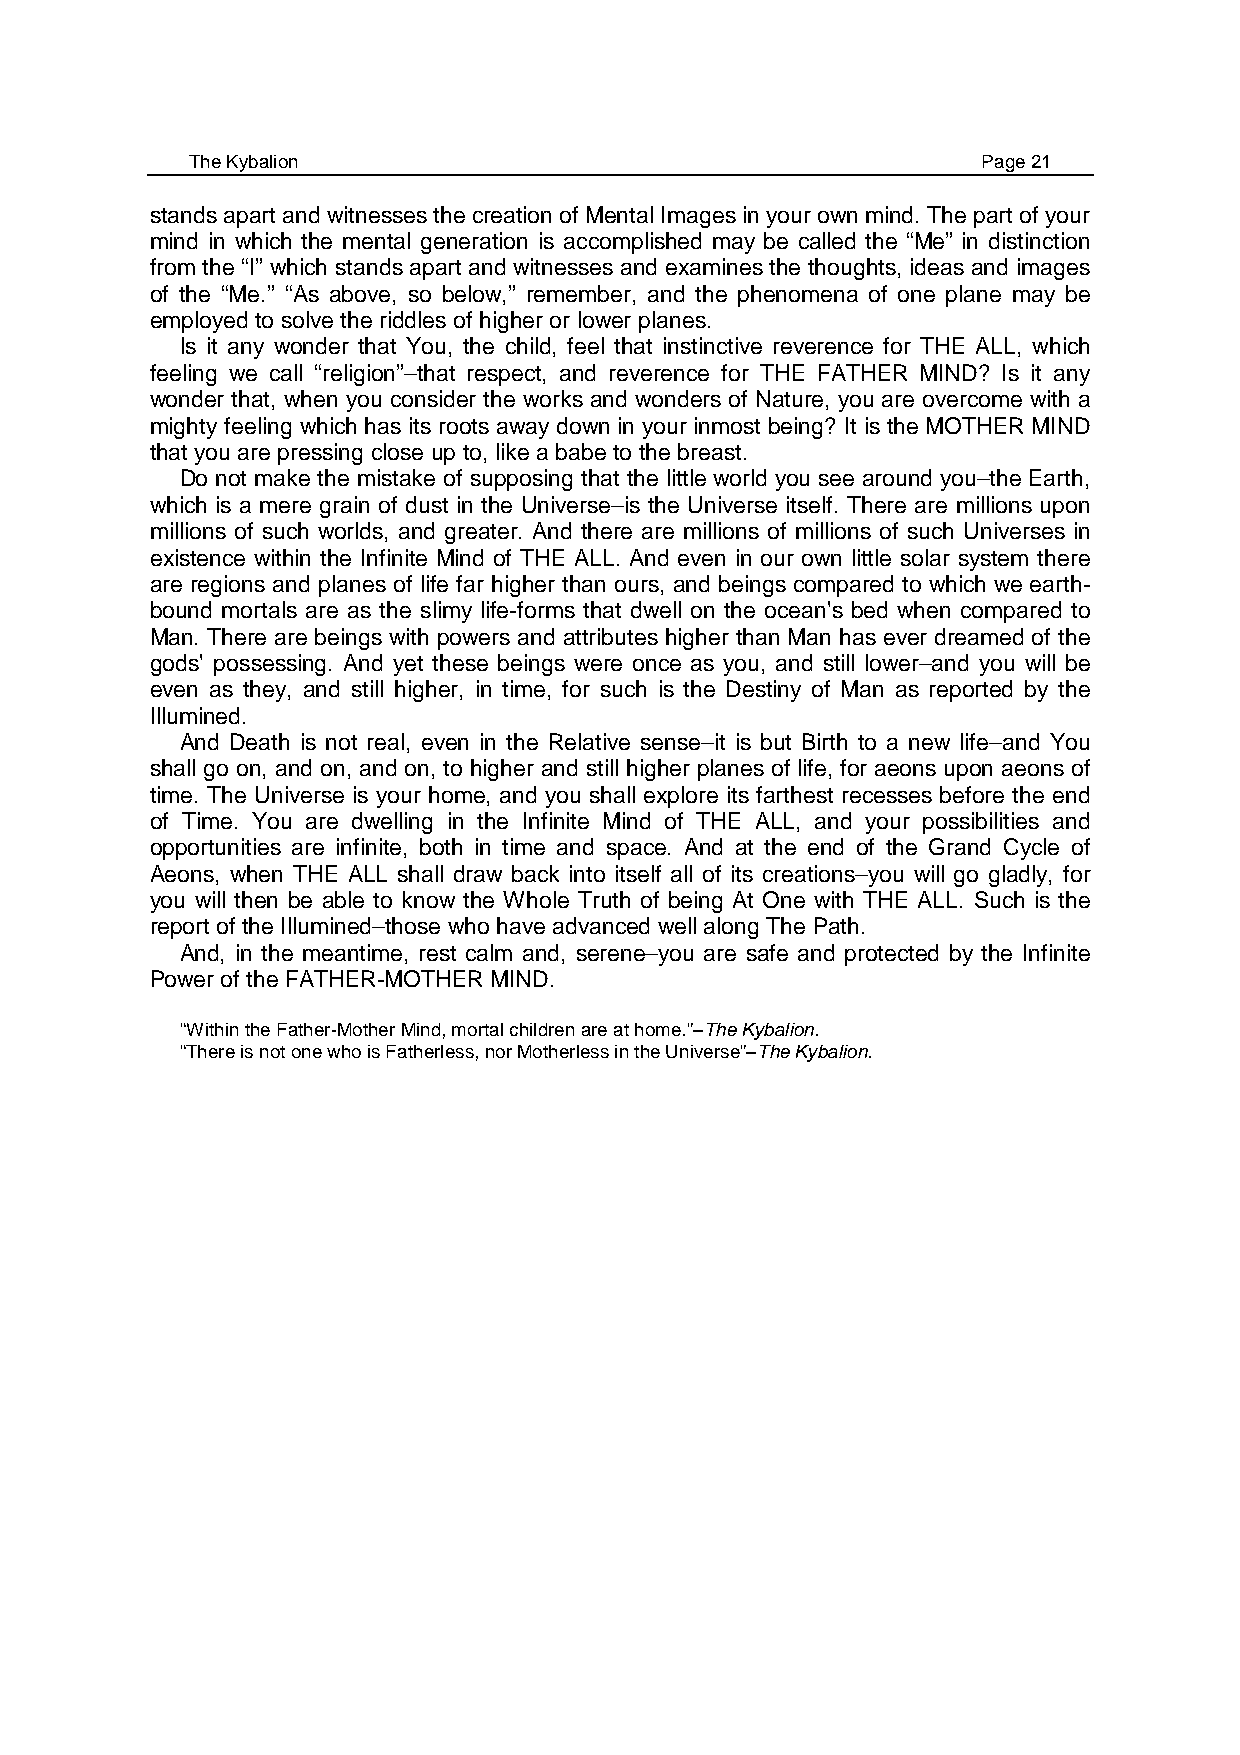
The Kybalion                                        Page 21
 stands apart and witnesses the creation of Mental Images in your own mind. The part of your
 mind in which the mental generation is accomplished may be called the “Me” in distinction
 from the “I” which stands apart and witnesses and examines the thoughts, ideas and images
 of the “Me.” “As above, so below,” remember, and the phenomena of one plane may be
 employed to solve the riddles of higher or lower planes.
 Is it any wonder that You, the child, feel that instinctive reverence for THE ALL, which
 feeling we call “religion”–that respect, and reverence for THE FATHER MIND? Is it any
 wonder that, when you consider the works and wonders of Nature, you are overcome with a
 mighty feeling which has its roots away down in your inmost being? It is the MOTHER MIND
 that you are pressing close up to, like a babe to the breast.
 Do not make the mistake of supposing that the little world you see around you–the Earth,
 which is a mere grain of dust in the Universe–is the Universe itself. There are millions upon
 millions of such worlds, and greater. And there are millions of millions of such Universes in
 existence within the Infinite Mind of THE ALL. And even in our own little solar system there
 are regions and planes of life far higher than ours, and beings compared to which we earth-
 bound mortals are as the slimy life-forms that dwell on the ocean's bed when compared to
 Man. There are beings with powers and attributes higher than Man has ever dreamed of the
 gods' possessing. And yet these beings were once as you, and still lower–and you will be
 even as they, and still higher, in time, for such is the Destiny of Man as reported by the
 Illumined.
 And Death is not real, even in the Relative sense–it is but Birth to a new life–and You
 shall go on, and on, and on, to higher and still higher planes of life, for aeons upon aeons of
 time. The Universe is your home, and you shall explore its farthest recesses before the end
 of Time. You are dwelling in the Infinite Mind of THE ALL, and your possibilities and
 opportunities are infinite, both in time and space. And at the end of the Grand Cycle of
 Aeons, when THE ALL shall draw back into itself all of its creations–you will go gladly, for
 you will then be able to know the Whole Truth of being At One with THE ALL. Such is the
 report of the Illumined–those who have advanced well along The Path.
 And, in the meantime, rest calm and, serene–you are safe and protected by the Infinite
 Power of the FATHER-MOTHER MIND.
 “Within the Father-Mother Mind, mortal children are at home.”–The Kybalion.
 “There is not one who is Fatherless, nor Motherless in the Universe”–The Kybalion.